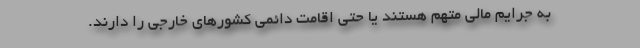
به جرایم مالی متهم هستند یا حتی اقامت دائمی کشورهای خارجی را دارند.